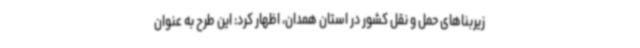
زیربناهای حمل و نقل کشور در استان همدان، اظهار کرد: این طرح به عنوان